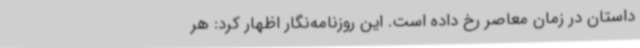
داستان در زمان معاصر رخ داده است. این روزنامه‌نگار اظهار کرد: هر